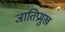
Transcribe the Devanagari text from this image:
जातिप्रमुख